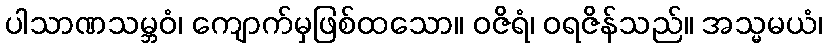
ပါသာဏသမ္ဘဝံ၊ ကျောက်မှဖြစ်ထသော။ ဝဇိရံ၊ ဝရဇိန်သည်။ အသ္မမယံ၊